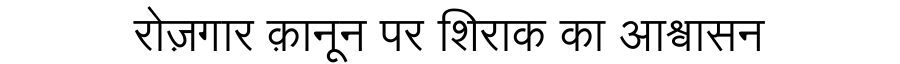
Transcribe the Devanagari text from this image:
रोज़गार क़ानून पर शिराक का आश्वासन